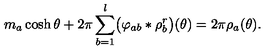
m _ { a } \cosh \theta + 2 \pi \sum _ { b = 1 } ^ { l } \bigl ( \varphi _ { a b } * \rho _ { b } ^ { r } \bigr ) ( \theta ) = 2 \pi \rho _ { a } ( \theta ) .